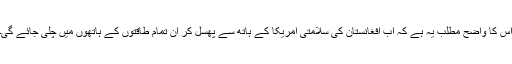
اس کا واضح مطلب یہ ہے کہ اب افغانستان کی سلامتی امریکا کے ہاتھ سے پھسل کر ان تمام طاقتوں کے ہاتھوں میں چلی جائے گی۔